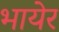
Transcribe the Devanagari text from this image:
भायेर